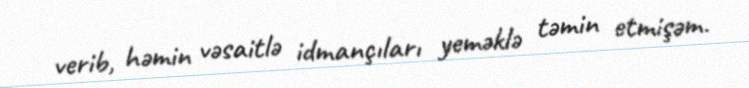
verib, həmin vəsaitlə idmançıları yeməklə təmin etmişəm.